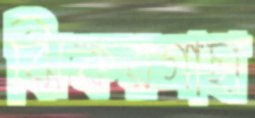
ঝিকরগাছা